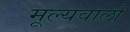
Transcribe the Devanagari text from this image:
मूल्यवाली